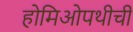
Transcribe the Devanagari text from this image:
होमिओपथीची